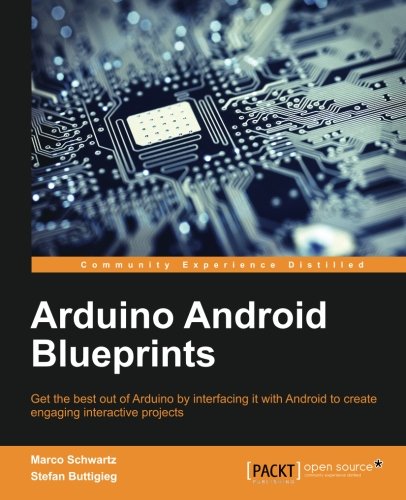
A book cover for Arduino Android Blueprints; Marco Schwartz; Computers & Technology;